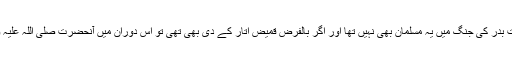
ایک تو یہ ہے کہ بعضوں کے نزدیک اس وقت بدر کی جنگ میں یہ مسلمان بھی نہیں تھا اور اگر بالفرض قمیض اتار کے دی بھی تھی تو اس دوران میں آنحضرت صلی اللہ علیہ وسلم نے اس پہ بے شمار احسانات کیے تھے۔